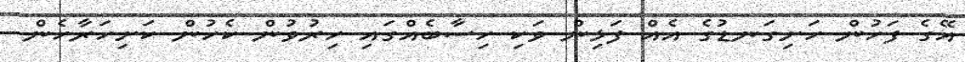
އޭގެ ފަހުން ހަށިގަނޑުގެ އެއް ފަޅިން ވަކި ހިސާބެއްގައި ހިރުވުން ކެހުން ކަށިހަރާހެން